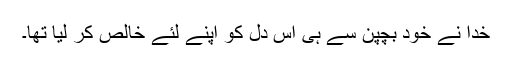
خدا نے خود بچپن سے ہی اس دل کو اپنے لئے خالص کر لیا تھا۔